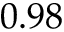
0 . 9 8